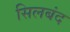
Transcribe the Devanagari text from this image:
सिलबंद